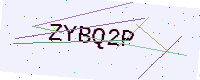
Text: ZYBQ2P